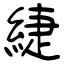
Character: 緁